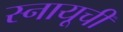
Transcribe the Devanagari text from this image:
स्नायूची